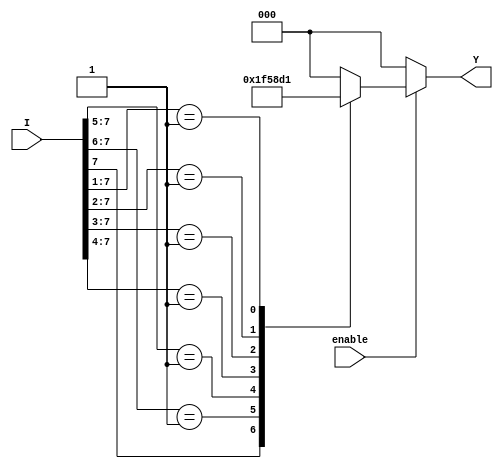
module Encoder8to3 (
    input wire [7:0] I,      // 8 input lines
    input wire enable,       // Enable input
    output reg [2:0] Y       // 3-bit output
);

    always @(*) begin
        if (!enable) begin
            Y = 3'b000;       // Default state when not enabled
        end else begin
            casez (I)          // Casez allows for "don't care" condition
                8'b1??????? : Y = 3'b111; // I7
                8'b01?????? : Y = 3'b110; // I6
                8'b001????? : Y = 3'b101; // I5
                8'b0001???? : Y = 3'b100; // I4
                8'b00001??? : Y = 3'b011; // I3
                8'b000001?? : Y = 3'b010; // I2
                8'b0000001? : Y = 3'b001; // I1
                8'b00000001 : Y = 3'b000; // I0
                default      : Y = 3'b000; // For safety, default case
            endcase
        end
    end
endmodule